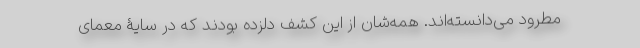
مطرود می‌دانسته‌اند. همه‌شان از این کشف دلزده بودند که در سایۀ معمای